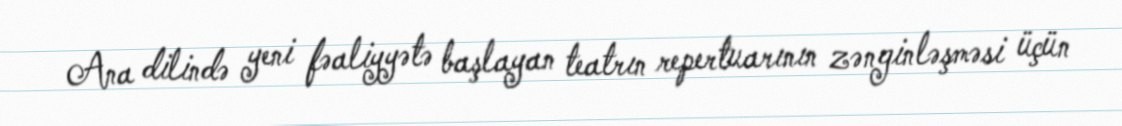
Ana dilində yeni fəaliyyətə başlayan teatrın repertuarının zənginləşməsi üçün